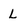
Character: L